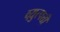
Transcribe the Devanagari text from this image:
व्य़ुत्पत्ती